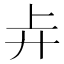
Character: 𰐇